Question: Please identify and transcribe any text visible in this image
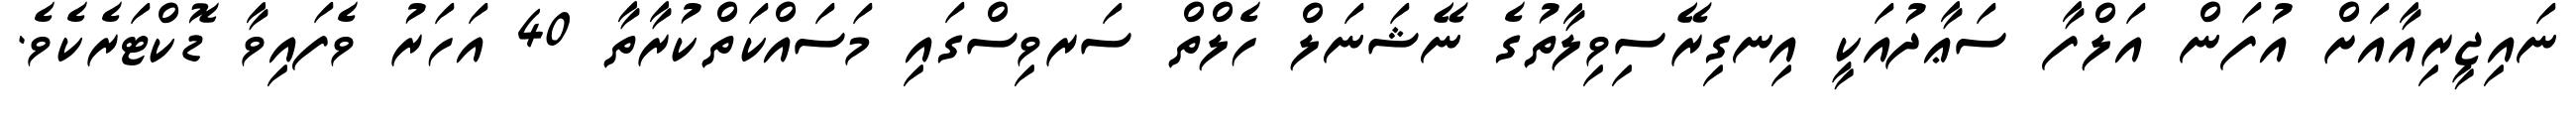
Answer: ނައިޖީރިއާއަށް އުފަން އަލްފާ ސަޢާދުއަކީ އިނގިރޭސިވިލާތުގެ ނޭޝަނަލް ހެލްތް ސަރވިސްގައި މަސައްކަތްކުރާތާ 40 އަހަރު ވެފައިވާ ޑޮކްޓަރެކެވެ.